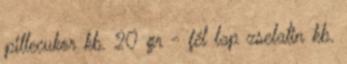
pillecukor kb. 20 gr - fél lap zselatin kb.